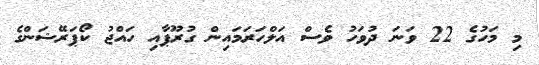
މި މަހުގެ 22 ވަނަ ދުވަހު ވެސް އަލްހަރަމައިން ގުރޫޕާއި ހައްޖު ކޯޕަރޭޝަންގެ